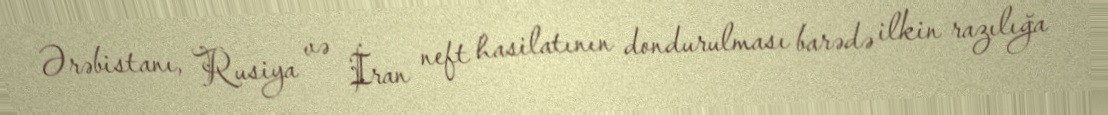
Ərəbistanı, Rusiya və İran neft hasilatının dondurulması barədə ilkin razılığa